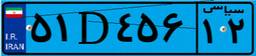
۵۴D۷۴۶۵۱